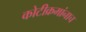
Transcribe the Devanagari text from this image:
कोटीक्रमांनाच